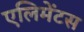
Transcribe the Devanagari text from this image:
एलिमेंटस